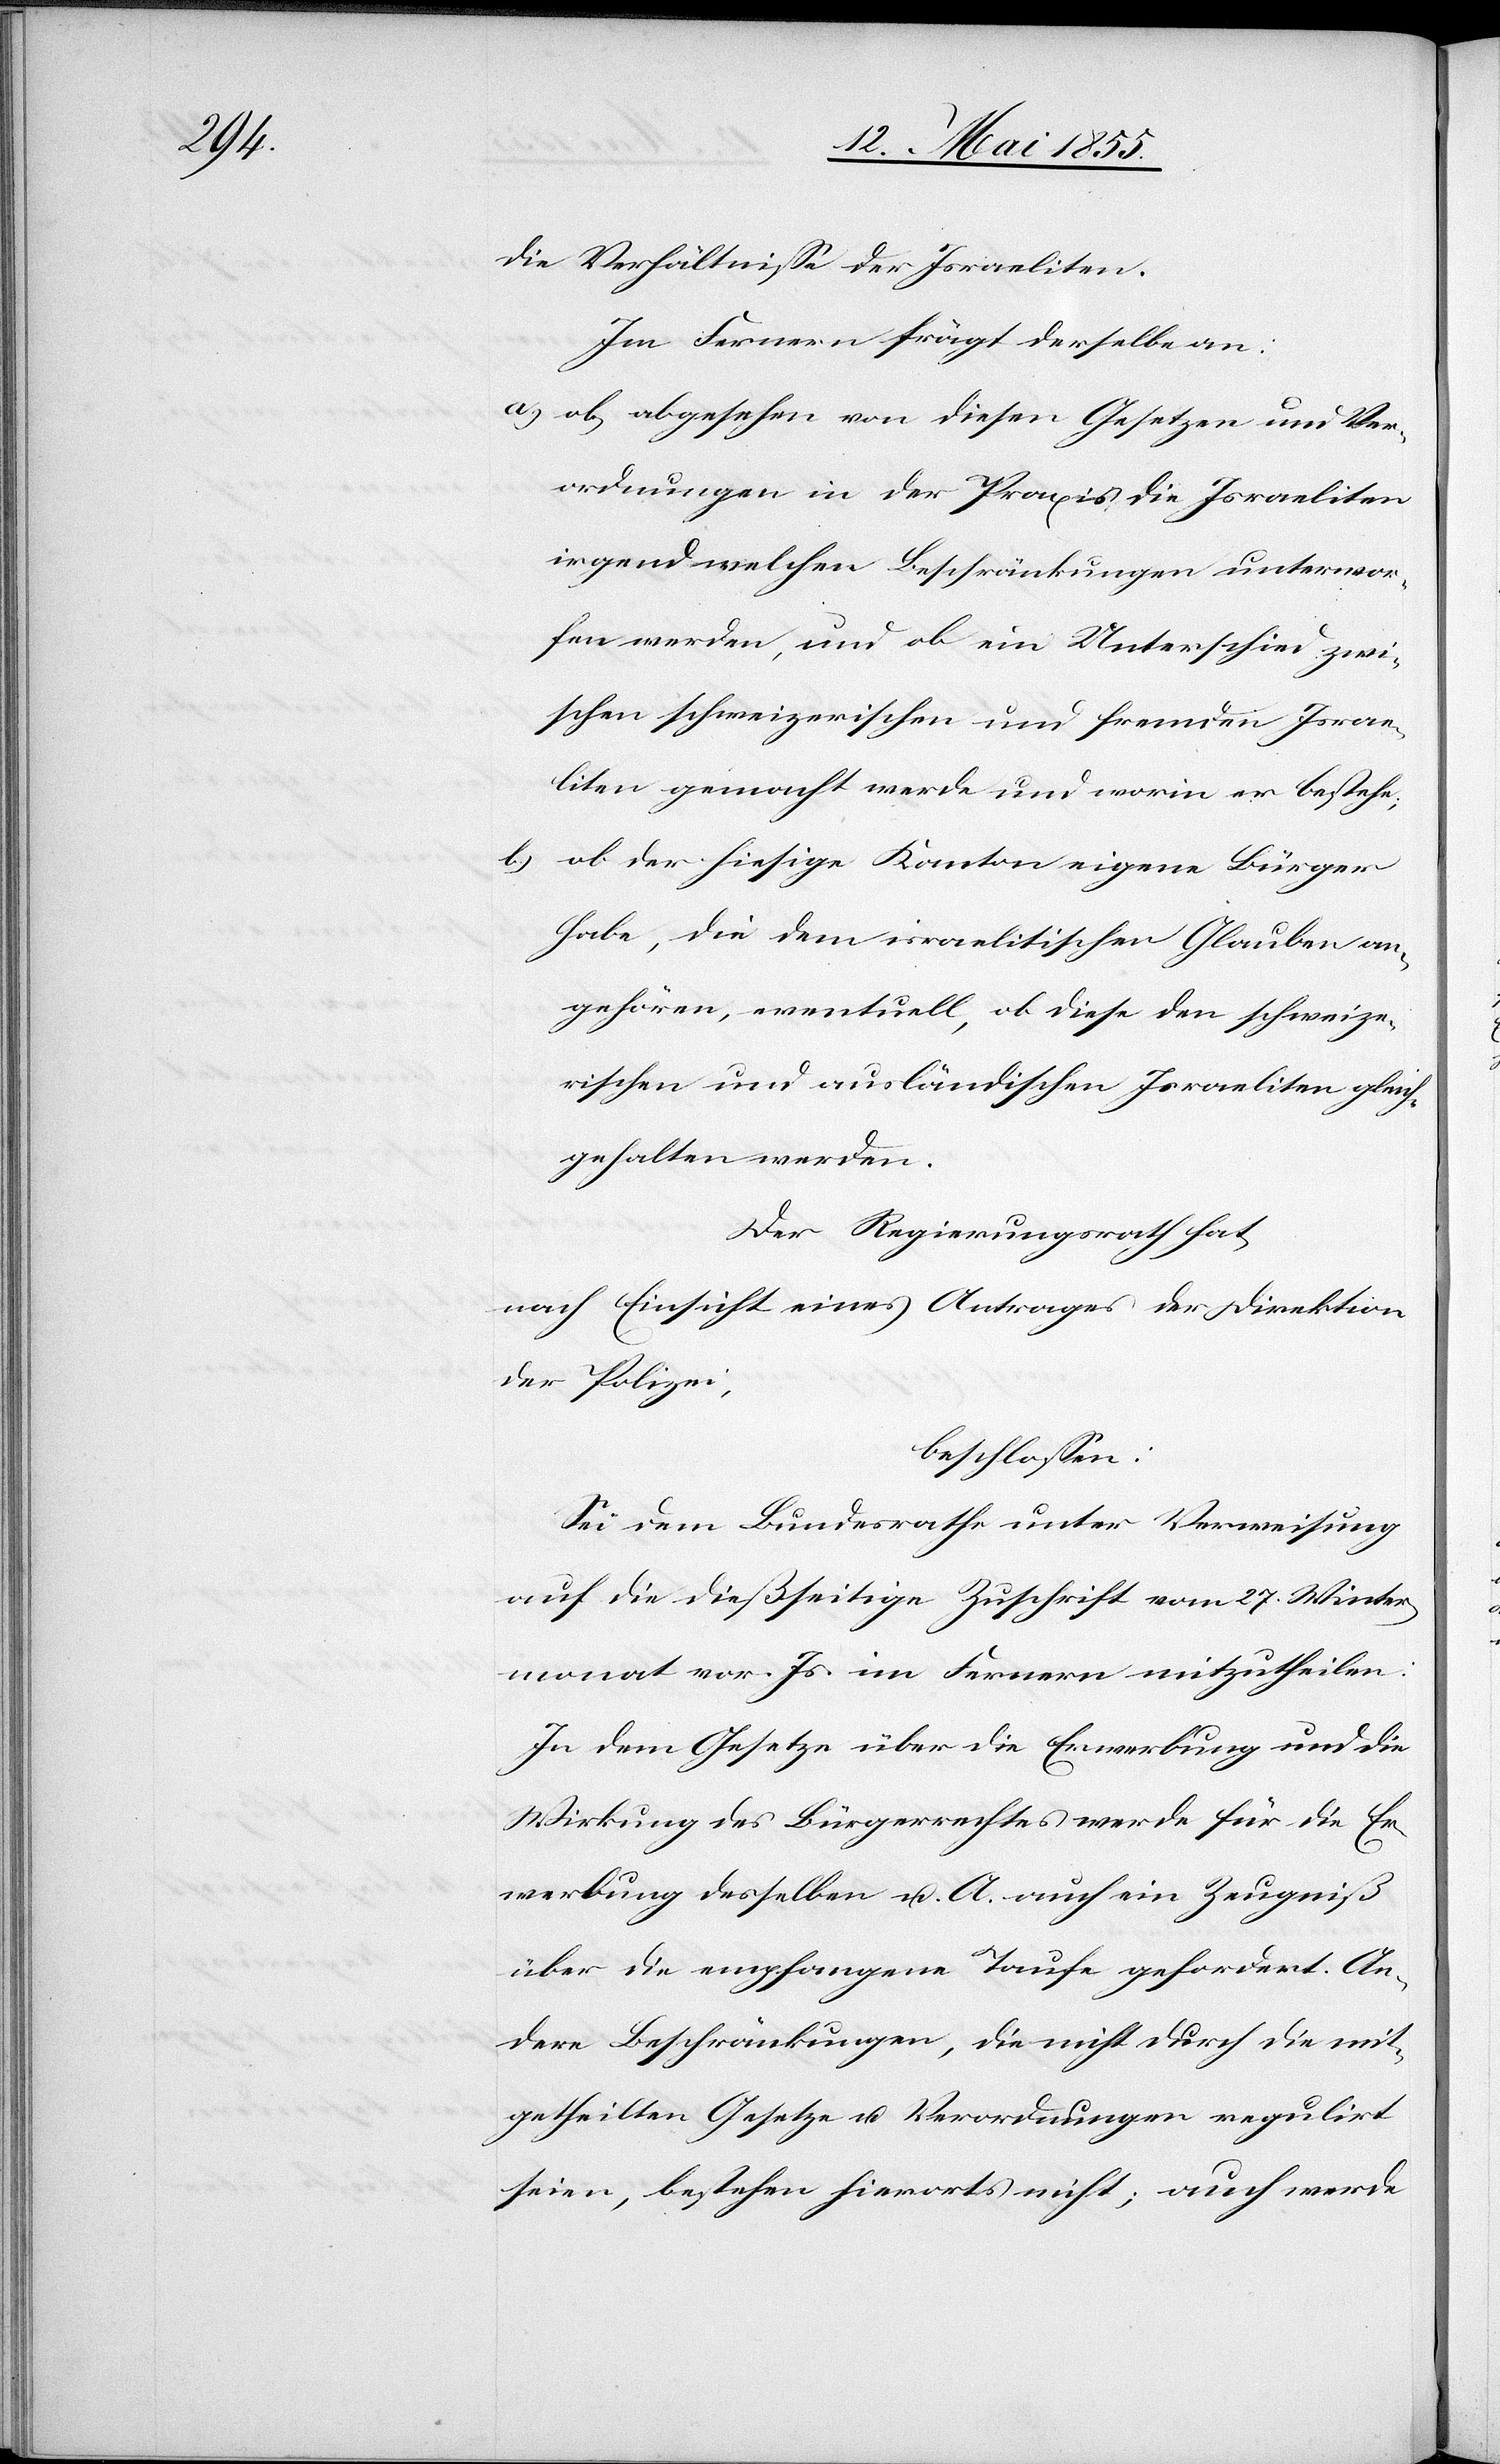
die Verhältnisse der Israeliten.
Im Fernern frägt derselbe an:
ob, abgesehen von diesen Gesetzen und Ver¬
ordnungen in der Praxis die Israeliten
irgend welchen Beschränkungen unterwor¬
fen werden, und ob ein Unterschied zwi¬
schen schweizerischen und fremden Israe¬
liten gemacht werde und worin er bestehe;
ob der hiesige Kanton eigene Bürger
habe, die dem israelitischen Glauben an¬
gehören, eventuell, ob diese den schweize¬
rischen und ausländischen Israeliten gleich¬
gehalten werden.
Der Regierungsrath hat,
nach Einsicht eines Antrages der Direktion
der Polizei,
beschlossen:
Sei dem Bundesrathe unter Verweisung
auf die dießseitige Zuschrift vom 27. Winter¬
monat vor. Js. im Fernern mitzutheilen:
In dem Gesetze über die Erwerbung und die
Wirkung des Bürgerrechtes werde für die Er¬
werbung desselben u. A. auch ein Zeugniß
über die empfangene Taufe geordert. An¬
dere Beschränkungen, die nicht durch die mit¬
getheilten Gesetze u. Verordnungen regulirt
seien, bestehen hierorts nicht; auch werde